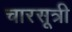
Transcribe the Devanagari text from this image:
चारसूत्री